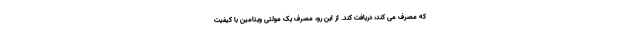
که مصرف می کند، دریافت کند. از این رو، مصرف یک مولتی ویتامین با کیفیت